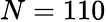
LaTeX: N=110